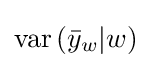
{\text{var}}\left({\bar {y}}_{w}|w\right)